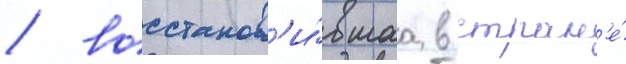
/ восстанов'и́вшаа в стран'е́